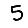
Digit: 5